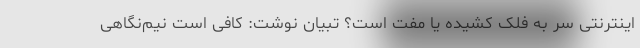
اینترنتی سر به فلک کشیده یا مفت است؟ تبیان نوشت: کافی است نیم‌نگاهی